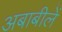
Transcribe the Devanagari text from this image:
अबाबीलें